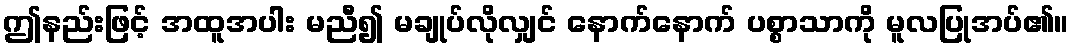
ဤနည်းဖြင့် အထူအပါး မညီ၍ မချုပ်လိုလျှင် နောက်နောက် ပစ္စာသာကို မူလပြုအပ်၏။